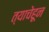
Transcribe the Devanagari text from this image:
त्याचेहून